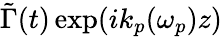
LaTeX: \tilde{\Gamma}(t)\exp(ik_{p}(\omega_{p})z)